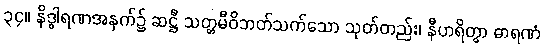
၃၄။ နိဒ္ဓါရဏအနက်၌ ဆဋ္ဌီ သတ္တမီဝိဘတ်သက်သော သုတ်တည်း၊ နီဟရိတွာ ဓာရဏံ